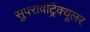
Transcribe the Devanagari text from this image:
सुपरावेंट्रिक्यूलर